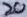
Text: 20